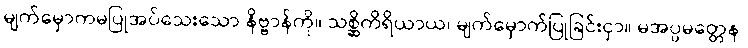
မျက်မှောကမပြုအပ်သေးသော နိဗ္ဗာန်ကို။ သစ္ဆိကိရိယာယ၊ မျက်မှောက်ပြုခြင်းငှာ။ မအပ္ပမတ္တေန၊